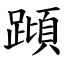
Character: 蹞